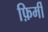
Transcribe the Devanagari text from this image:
फ़िर्मी